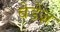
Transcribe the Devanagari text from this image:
बेडेज़